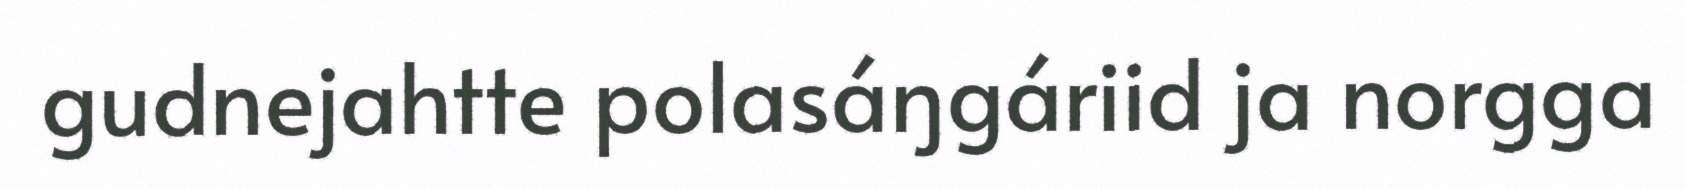
gudnejahtte polasáŋgáriid ja norgga